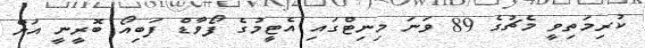
ކުރިމަތިވީ މެޗުގެ 89 ވަނަ މިނިޓްގައި އެޓީމުގެ ފޯވާޑް ފަބިއޯ ބޮރީނީ އަށް